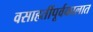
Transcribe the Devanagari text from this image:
वसाहतींपूर्वकालात